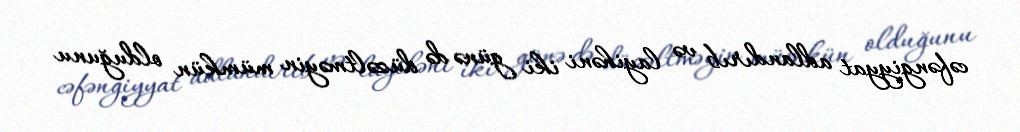
cəfəngiyyat adlandırıb və layihəni iki günə də düzəltməyin mümkün olduğunu